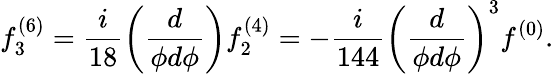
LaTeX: f_{3}^{(6)}=\frac{i}{18}\left(\frac{d}{\phi d\phi}\right)f_{2}^{(4)}=-\frac{i}{144}\left(\frac{d}{\phi d\phi}\right)^{3}f^{(0)}.